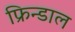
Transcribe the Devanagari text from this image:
फ्रिन्डाल